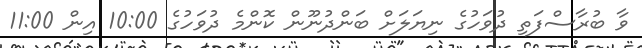
ވާ ބުރާސްފަތި ދުވަހުގެ ނިޔަލަށް ބަންދުނޫން ކޮންމެ ދުވަހުގެ 10:00 އިން 11:00